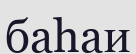
баһаи